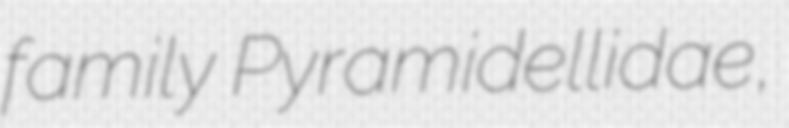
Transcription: family Pyramidellidae,